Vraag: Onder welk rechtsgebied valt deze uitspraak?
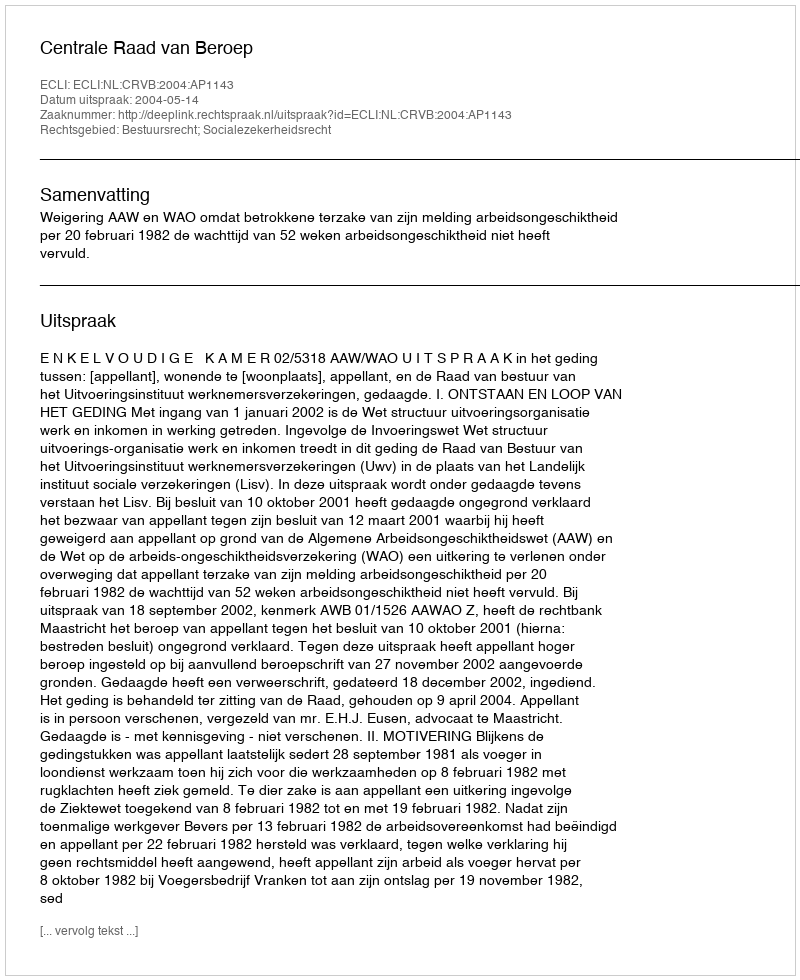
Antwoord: Bestuursrecht; Socialezekerheidsrecht